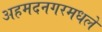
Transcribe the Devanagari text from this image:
अहमदनगरमधले